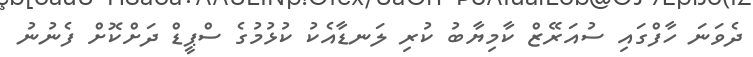
ދެވަނަ ހާފްގައި ސުއަރޭޒް ކާމިޔާބު ކުރި ލަނޑާއެކު ކުޅުމުގެ ސްޕީޑް ދަށްކޮށް ފެނުނު